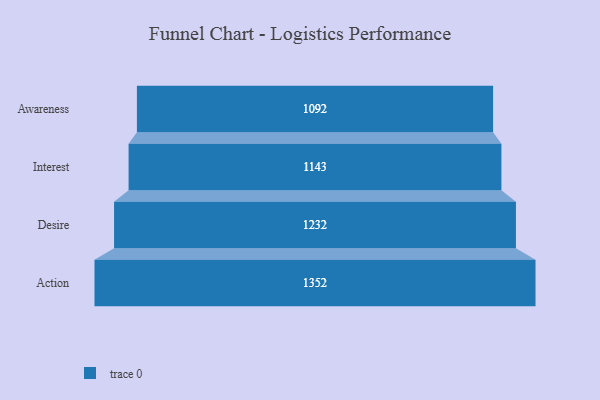
{"axis": {"x": "Stage", "y": "Value"}, "legend": [""], "data": [{"x": "Awareness", "y": 1092.0, "type": ""}, {"x": "Interest", "y": 1143.0, "type": ""}, {"x": "Desire", "y": 1232.0, "type": ""}, {"x": "Action", "y": 1352.0, "type": ""}]}